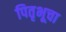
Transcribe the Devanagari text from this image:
पितृभूचा